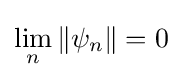
\lim _{n}\|\psi _{n}\|=0